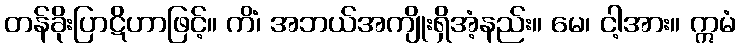
တန်ခိုးပြာဋိဟာဖြင့်။ ကိံ၊ အဘယ်အကျိုးရှိအံ့နည်း။ မေ၊ ငါ့အား။ ဣမံ